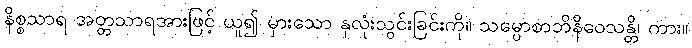
နိစ္စသာရ အတ္တသာရအားဖြင့် ယူ၍ မှားသော နှလုံးသွင်းခြင်းကို။ သမ္ပောစာဘိနိဝေသန္တိ၊ ကား။